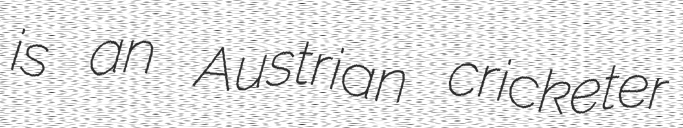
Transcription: is an Austrian cricketer